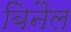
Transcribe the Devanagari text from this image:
बिनैल